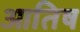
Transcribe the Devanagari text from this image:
आतिष